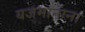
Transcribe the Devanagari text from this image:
यजमानांना